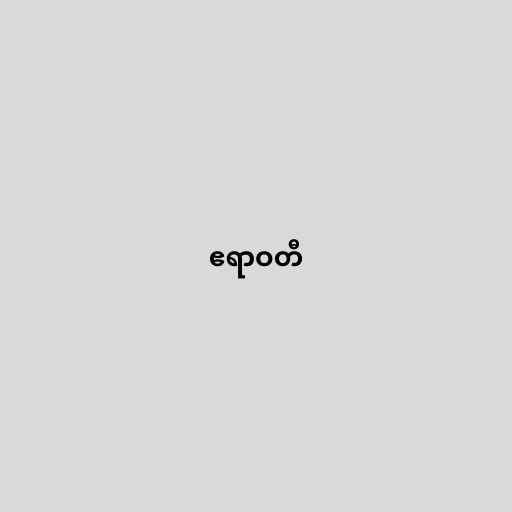
ဧရာဝတီ